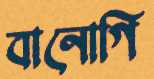
বানোগি